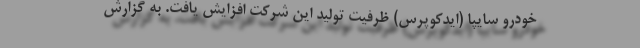
خودرو سایپا (ایدکوپرس) ظرفیت تولید این شرکت افزایش یافت. به گزارش